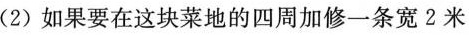
(2)如果要在这块菜地的四周加修一条宽2米